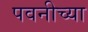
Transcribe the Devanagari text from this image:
पवनीच्या